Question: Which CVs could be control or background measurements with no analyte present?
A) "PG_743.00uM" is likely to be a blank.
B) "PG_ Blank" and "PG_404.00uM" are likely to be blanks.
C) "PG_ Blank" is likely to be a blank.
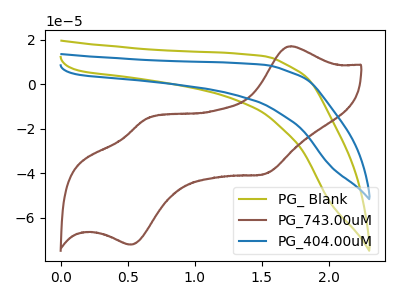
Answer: <think>The olive curve "PG_ Blank" has no peaks. The brown curve "PG_743.00uM" has anodic peaks at (1.70V, 17.00uA) (0.65V, -15.55uA) and cathodic peaks at (1.50V, -40.40uA) (0.50V, -72.10uA). The blue curve "PG_404.00uM" has no peaks.</think>
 <answer>B) "PG_ Blank" and "PG_404.00uM" are likely to be blanks.</answer>
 <eval>B</eval>